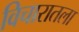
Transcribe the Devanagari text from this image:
विचारातला